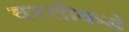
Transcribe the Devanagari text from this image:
वस्तीकडे